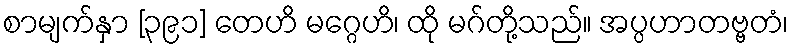
စာမျက်နှာ [၃၉၁] တေဟိ မဂ္ဂေဟိ၊ ထို မဂ်တို့သည်။ အပ္ပဟာတဗ္ဗတံ၊